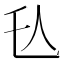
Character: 𬼇